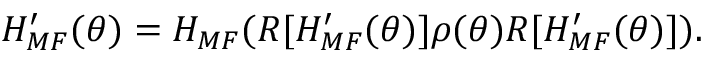
H _ { M F } ^ { \prime } ( \theta ) = H _ { M F } ( R [ H _ { M F } ^ { \prime } ( \theta ) ] \rho ( \theta ) R [ H _ { M F } ^ { \prime } ( \theta ) ] ) .